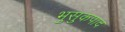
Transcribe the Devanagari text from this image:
भुसुकपाद